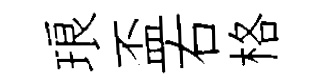
琅盃右格